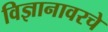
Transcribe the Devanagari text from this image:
विज्ञानावरचे